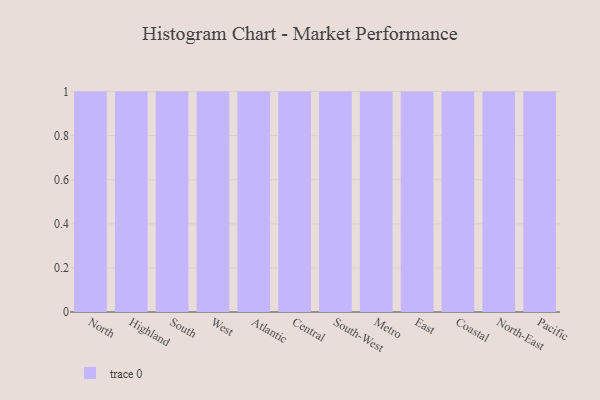
{"axis": {"x": "Region", "y": "Revenue (USD Million)"}, "legend": [""], "data": [{"x": "North", "y": 64, "type": ""}, {"x": "Highland", "y": 60, "type": ""}, {"x": "South", "y": 85, "type": ""}, {"x": "West", "y": 56, "type": ""}, {"x": "Atlantic", "y": 11, "type": ""}, {"x": "Central", "y": 25, "type": ""}, {"x": "South-West", "y": 28, "type": ""}, {"x": "Metro", "y": 59, "type": ""}, {"x": "East", "y": 54, "type": ""}, {"x": "Coastal", "y": 51, "type": ""}, {"x": "North-East", "y": 42, "type": ""}, {"x": "Pacific", "y": 87, "type": ""}]}